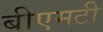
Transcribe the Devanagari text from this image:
बीएमटी